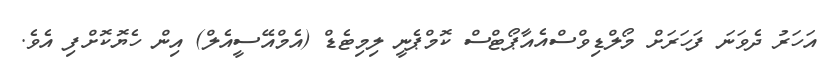
އަހަރު ދެވަނަ ފަހަރަށް މޯލްޑިވްސްއެއާޕޯޓްސް ކޮމްޕެނީ ލިމިޓެޑް (އެމްއޭސީއެލް) އިން ހެޔޮކޮށްފި އެވެ.